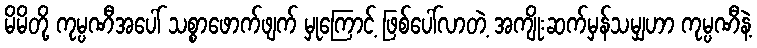
မိမိတို့ ကုမ္ပဏီအပေါ် သစ္စာဖောက်ဖျက် မှုကြောင့် ဖြစ်ပေါ်လာတဲ့ အကျိုးဆက်မှန်သမျှဟာ ကုမ္ပဏီနဲ့